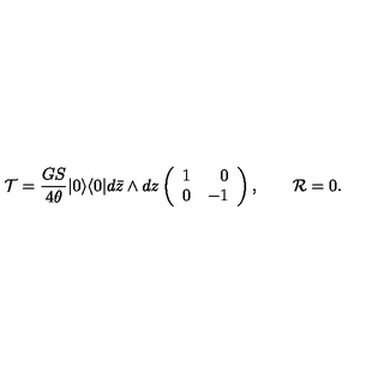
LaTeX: { \cal T } = \frac { G S } { 4 \theta } | 0 \rangle \langle 0 | d \bar { z } \wedge d z \left( \begin{array} { r r } { 1 } & { 0 } \\ { 0 } & { - 1 } \\ \end{array} \right) , \qquad { \cal R } = 0 .